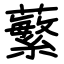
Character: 蘩